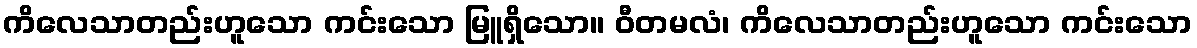
ကိလေသာတည်းဟူသော ကင်းသော မြူရှိသော။ ဝီတမလံ၊ ကိလေသာတည်းဟူသော ကင်းသော